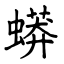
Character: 蟒